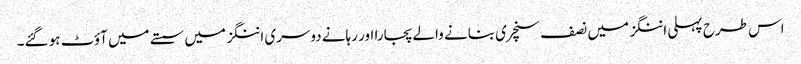
اس طرح پہلی اننگز میں نصف سنچری بنانے والے پجارا اور رہانے دوسری اننگز میں سستے میں آؤٹ ہو گئے۔